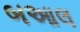
બઆલ